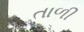
તાળી